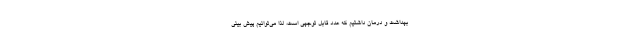
بهداشت و درمان داشتیم که عدد قابل توجهی است، لذا می‌توانیم پیش بینی